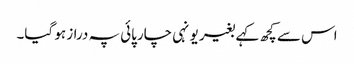
اس سے کچھ کہے بغیر یونہی چارپائی پہ دراز ہو گیا۔